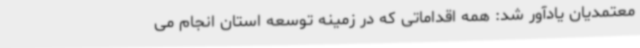
معتمدیان یادآور شد: همه اقداماتی که در زمینه توسعه استان انجام می